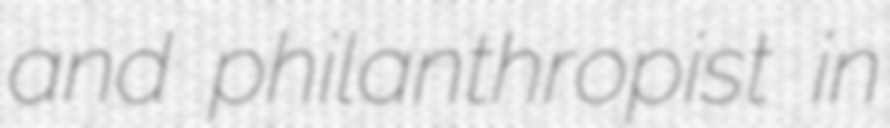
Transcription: and philanthropist in